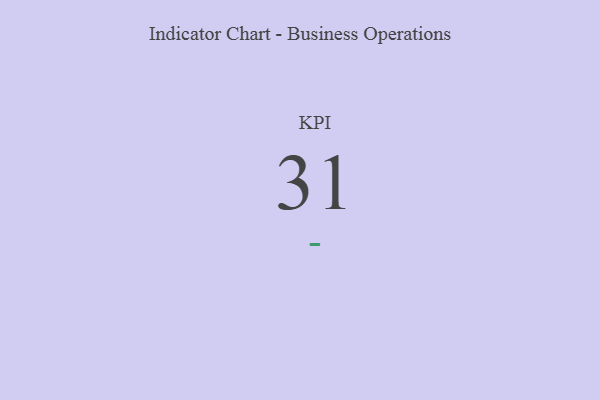
{"axis": {"x": "KPI", "y": "Value"}, "legend": [""], "data": [{"x": "KPI", "y": 31, "type": ""}]}